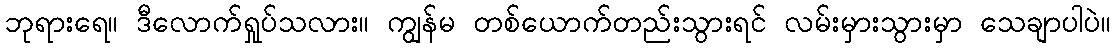
ဘုရားရေ။ ဒီလောက်ရှုပ်သလား။ ကျွန်မ တစ်ယောက်တည်းသွားရင် လမ်းမှားသွားမှာ သေချာပါပဲ။